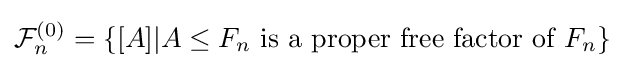
{\mathcal {F}}_{n}^{(0)}=\{[A]|A\leq F_{n}{\text{ is a proper free factor of }}F_{n}\}